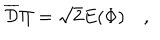
\overline { { { \cal D } } } \Pi = \sqrt 2 E ( \Phi ) \quad ,